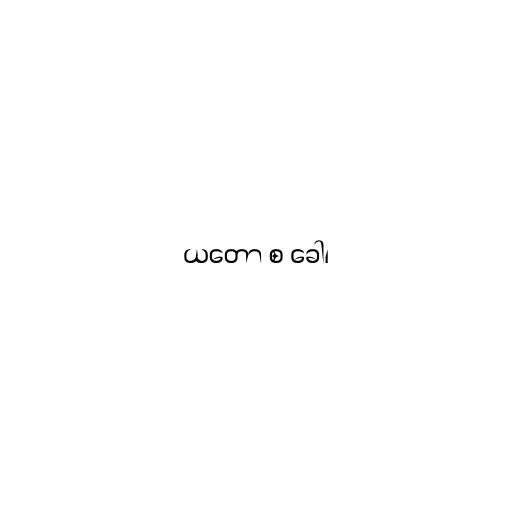
ယတော စ ခေါ၊